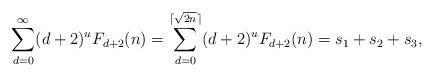
LaTeX: \begin{align*}\sum_{d=0}^{\infty} (d+2)^uF_{d+2}(n)=\sum_{d=0}^{\lceil \sqrt{2n}\rceil} (d+2)^uF_{d+2}(n)=s_1+s_2+s_3,\end{align*}